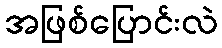
အဖြစ်ပြောင်းလဲ